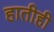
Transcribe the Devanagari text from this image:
हातीही